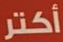
أكتر